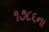
૧૭૮૬ના